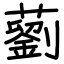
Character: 藰